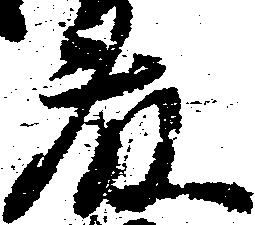
藤